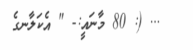
... (: 80 މާނައީ:- " އެކަލާނގެ